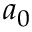
a _ { 0 }